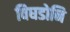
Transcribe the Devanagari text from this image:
विघडोनि